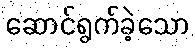
ဆောင်ရွက်ခဲ့သော